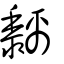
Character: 黐